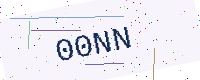
Text: 00NN